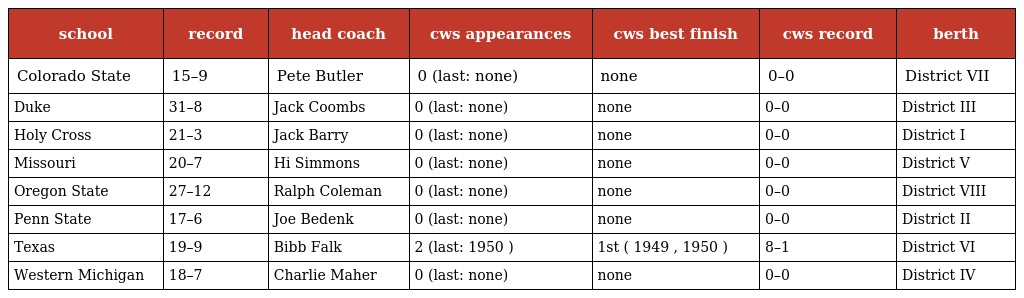
| school | record | head coach | cws appearances | cws best finish | cws record | berth |
 | --- | --- | --- | --- | --- | --- | --- |
 | Colorado State | 15–9 | Pete Butler | 0 (last: none) | none | 0–0 | District VII |
 | Duke | 31–8 | Jack Coombs | 0 (last: none) | none | 0–0 | District III |
 | Holy Cross | 21–3 | Jack Barry | 0 (last: none) | none | 0–0 | District I |
 | Missouri | 20–7 | Hi Simmons | 0 (last: none) | none | 0–0 | District V |
 | Oregon State | 27–12 | Ralph Coleman | 0 (last: none) | none | 0–0 | District VIII |
 | Penn State | 17–6 | Joe Bedenk | 0 (last: none) | none | 0–0 | District II |
 | Texas | 19–9 | Bibb Falk | 2 (last: 1950 ) | 1st ( 1949 , 1950 ) | 8–1 | District VI |
 | Western Michigan | 18–7 | Charlie Maher | 0 (last: none) | none | 0–0 | District IV |